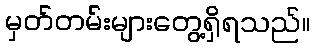
မှတ်တမ်းများတွေ့ရှိရသည်။